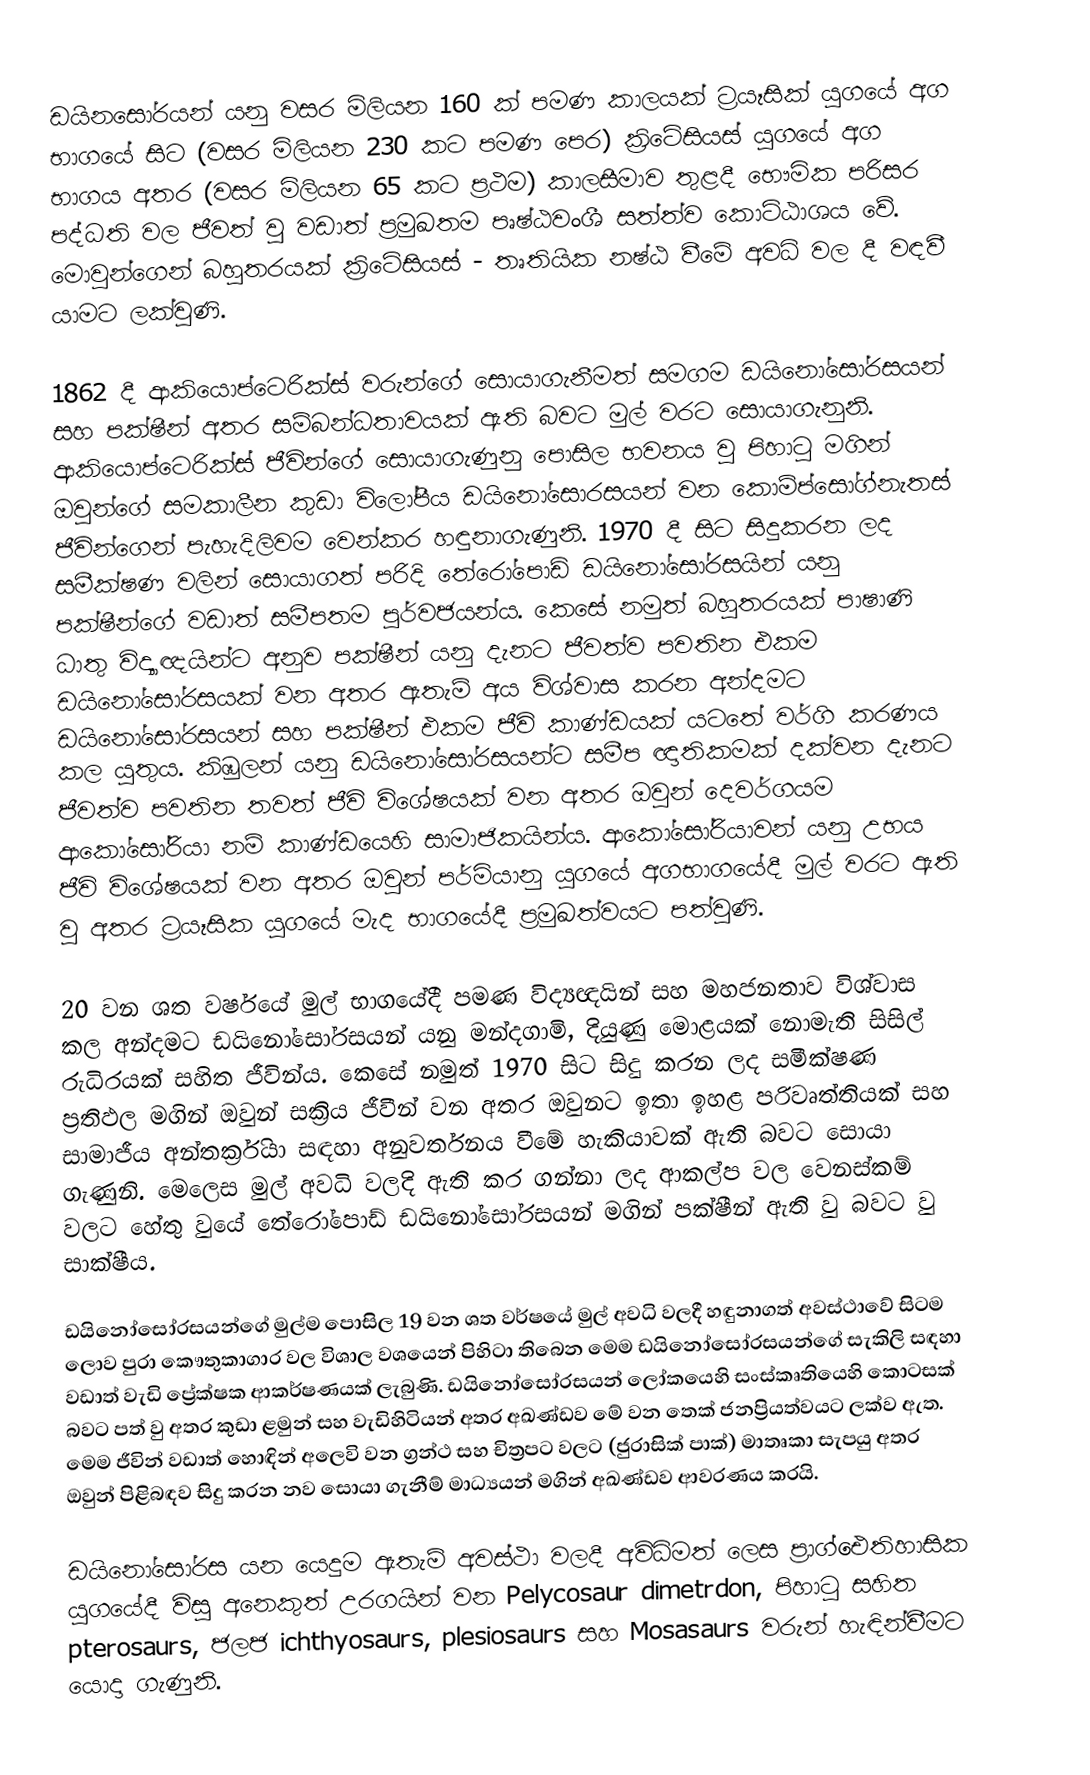
ඩයිනසෝරයන් යනු වසර මිලියන 160 ක් පමණ කාලයක් ට්‍රයෑසික් යුගයේ අග භාගයේ සිට (වසර මිලියන 230 කට පමණ පෙර) ක්‍රිටේසියස් යුග‍යේ අග භාගය අතර (වසර මිලියන 65 කට ප්‍රථම) කාලසීමාව තුළදී භෞමික පරිසර පද්ධති වල ජීවත් වු වඩාත් ප්‍රමුඛතම පෘෂ්ඨවංශී සත්ත්ව කොට්ඨාශය වේ. මොවුන්ගෙන් බහුතරයක් ක්‍රිටේසියස් - තෘතියික නෂ්ඨ වීමේ අවධි වල දී වඳවී යාමට ලක්වුණි.

1862 දී ආකියොප්ටෙරික්ස් වරුන්ගේ සොයාගැනීමත් සමගම ඩයිනෝසෝරසයන් සහ පක්ෂීන් අතර සම්බන්ධතාවයක් ඇති බවට මුල් වරට සොයාගැනුනි. ආකියොප්ටෙරික්ස් ජීවින්ගේ සොයාගැණුනු පොසිල භවනය වු පිහාටු මගින් ඔවුන්ගේ සමකාලීන කුඩා විලෝපීය ඩයිනෝසොරසයන් වන කොම්ප්සෝග්නැතස් ජීවින්ගෙන් පැහැදිලිවම වෙන්කර හඳුනාගැණුනි. 1970 දී සිට සිදුකරන ලද සමීක්ෂණ වලින් සොයාගත් පරිදි තේරෝපොඩ් ඩයිනෝසෝරසයින් යනු පක්ෂීන්ගේ වඩාත් සමීපතම පුර්වජයන්ය. කෙසේ නමුත් බහුතරයක් පාෂාණි ධාතු විද්‍යාඥයින්ට අනුව පක්ෂීන් යනු දැනට ජීවත්ව පවතින එකම ඩයිනෝසෝරසයක් වන අතර ඇතැම් අය විශ්වාස කරන අන්දමට ඩයිනෝසෝරසයන් සහ පක්ෂීන් එකම ජීවි කාණ්ඩයක් යටතේ වර්ගි කරණය කල යුතුය. කිඹුලන් යනු ඩයි‍නෝසෝරසයන්ට සමීප ඥාතිකමක් දක්වන දැනට ජීවත්ව පවතින තවත් ජීවි විශේෂයක් වන අතර ඔවුන් දෙවර්ගයම ආකෝසෝරියා නම් කාණ්ඩයෙහි සාමාජිකයින්ය. ආකෝසෝරියාවන් යනු උභය ජීවි විශේෂයක් වන අතර ඔවුන් පර්මියානු යුගයේ අගභාගයේදී මුල් වරට ඇති වු අතර ට්‍රයෑසික යුගයේ මැද භාගයේදී ප්‍රමුඛත්වයට පත්වුණි.

20 වන ශත වර්ෂයේ මුල් භාගයේදී පමණ විද්‍යඥයින් සහ මහජනතාව විශ්වාස කල අන්දමට ඩයිනෝසෝරසයන් යනු මන්දගාමි, දියුණු මොළයක් නොමැති සිසිල් රුධිරයක් සහිත ජීවින්ය. කෙසේ නමුත් 1970 සිට සිදු කරන ලද සමීක්ෂණ ප්‍රතිඵල මගින් ඔවුන් සක්‍රිය ජීවීන් වන අතර ඔවුනට ඉතා ඉහළ පරිවෘත්තියක් සහ සාමාජීය අන්තර්ක්‍රියා සඳහා අනුවර්තනය වීමේ හැකියාවක් ඇති බවට සොයා ගැණුනි. මෙලෙස මුල් අවධි වලදි ඇති කර ගන්නා ලද ආකල්ප වල වෙනස්කම් ‍වලට හේතු වුයේ තේරෝපොඩ් ඩයිනෝසෝරසයන් මගින් පක්ෂීන් ඇති වු බවට වු සාක්ෂීය.

ඩයිනෝසෝරසයන්ගේ මුල්ම පොසිල 19 වන ශත වර්ෂයේ මුල් අවධි වලදී හඳුනාගත් අවස්ථාවේ සිටම ලොව පුරා කෞතුකාගාර වල විශාල වශයෙන් පිහිටා තිබෙන මෙම ඩයිනෝසෝරසයන්ගේ සැකිලි සඳහා වඩාත් වැඩි ප්‍රේක්ෂක ආකර්ෂණයක් ලැබුණි. ඩයිනෝසෝරසයන් ලෝකයෙහි සංස්කෘතියෙහි කොටසක් බවට පත් වු අතර කුඩා ළමුන් සහ වැඩිහිටියන් අතර අඛණ්ඩව මේ වන තෙක් ජනප්‍රියත්වයට ලක්ව ඇත. මෙම ජීවින් වඩාත් හොඳින් අලෙවි වන ග්‍රන්ථ සහ චිත්‍රපට වලට (ජුරාසික් පාක්) මාතෘකා සැපයු අතර ඔවුන් පිළිබඳව සිදු කරන නව සොයා ගැනීම් මාධ්‍යයන් මගින් අඛණ්ඩව ආවරණය කරයි.

ඩයිනෝසෝරස යන යෙදුම ඇතැම් අවස්ථා වලදී අවිධිමත් ලෙස ප්‍රාග්ඓතිහාසික යුගයේදී විසු අනෙකුත් උරගයින් වන Pelycosaur dimetrdon, පිහාටු සහිත pterosaurs, ජලජ ichthyosaurs, plesiosaurs සහ Mosasaurs වරුන් හැඳින්වීමට යොදා ගැණුනි.